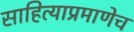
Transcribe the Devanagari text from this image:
साहित्याप्रमाणेच